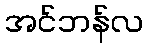
အင်ဘန်လ